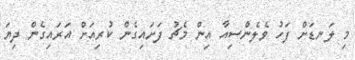
މި ލަނޑަށް ފަހު ވެލެންސިއާ އިން މެޗު ފަށައިގެން ކުރިއަށް އަރައިގެން ދިޔަ